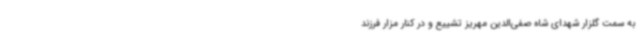
به سمت گلزار شهدای شاه صفی‌الدین مهریز تشییع و در کنار مزار فرزند